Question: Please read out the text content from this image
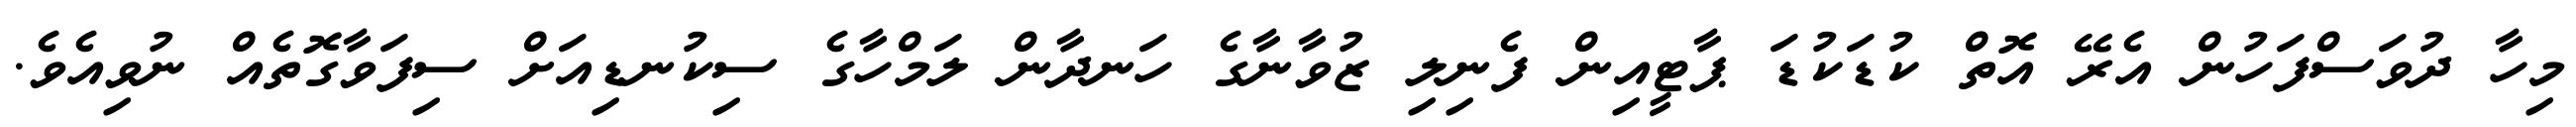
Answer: މިހާ ދުވަސްފަހުން އެރޭ އޮތް ކުޑަކުޑަ ޕާޓީއިން ފެނިލި ޒުވާނާގެ ހަނދާން ލަމްހާގެ ސިކުނޑިއަށް ސިފަވާގޮތެއް ނުވިއެވެ.